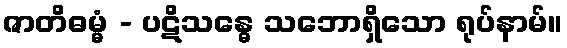
ဇာတိဓမ္မံ - ပဋိသန္ဓေ သဘောရှိသော ရုပ်နာမ်။